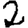
Digit: 2